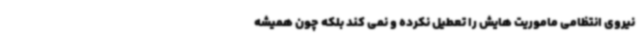
نیروی انتظامی ماموریت هایش را تعطیل نکرده و نمی کند بلکه چون همیشه